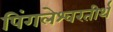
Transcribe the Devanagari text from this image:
पिंगलेश्वरतीर्थ